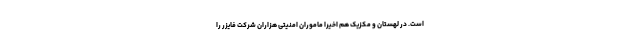
است. در لهستان و مکزیک هم اخیرا ماموران امنیتی هزاران شرکت فایزر را